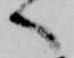
へ